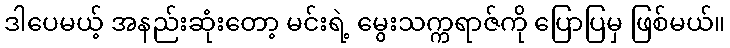
ဒါပေမယ့် အနည်းဆုံးတော့ မင်းရဲ့ မွေးသက္ကရာဇ်ကို ပြောပြမှ ဖြစ်မယ်။